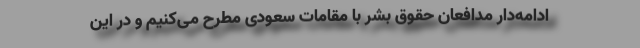
ادامه‌دار مدافعان حقوق بشر با مقامات سعودی مطرح می‌کنیم و در این